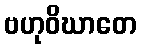
ဗဟုဝိဃာတေ